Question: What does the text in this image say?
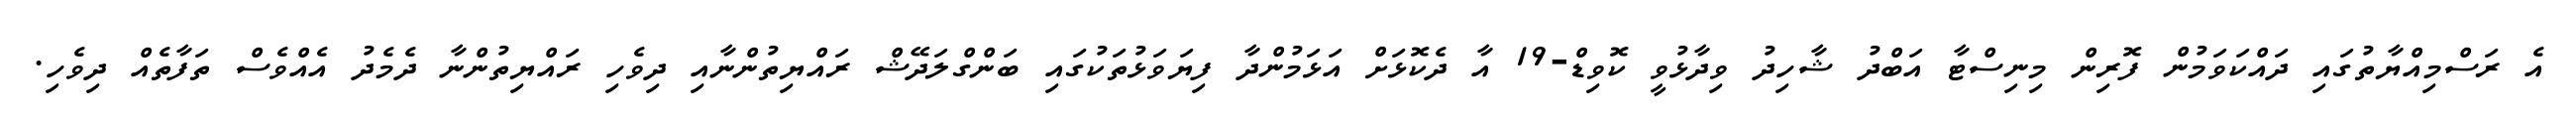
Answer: އެ ރަސްމިއްޔާތުގައި ދައްކަވަމުން ފޮރިން މިނިސްޓާ އަބްދު ޝާހިދު ވިދާޅުވީ ކޮވިޑް-19 އާ ދެކޮޅަށް އަޅަމުންދާ ފިޔަވަޅުތަކުގައި ބަންގްލަދޭޝް ރައްޔިތުންނާއި ދިވެހި ރައްޔިތުންނާ ދެމެދު އެއްވެސް ތަފާތެއް ދިވެހި.